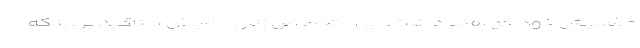
و آسایش خود خواهند داشت. این متخصص زنان و زایمان با تاکید بر اینکه